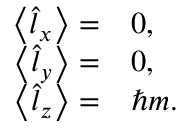
\begin{array} { r l } { \left\langle \hat { l } _ { x } \right\rangle = } & { { } 0 , } \\ { \left\langle \hat { l } _ { y } \right\rangle = } & { { } 0 , } \\ { \left\langle \hat { l } _ { z } \right\rangle = } & { { } \hbar m . } \end{array}